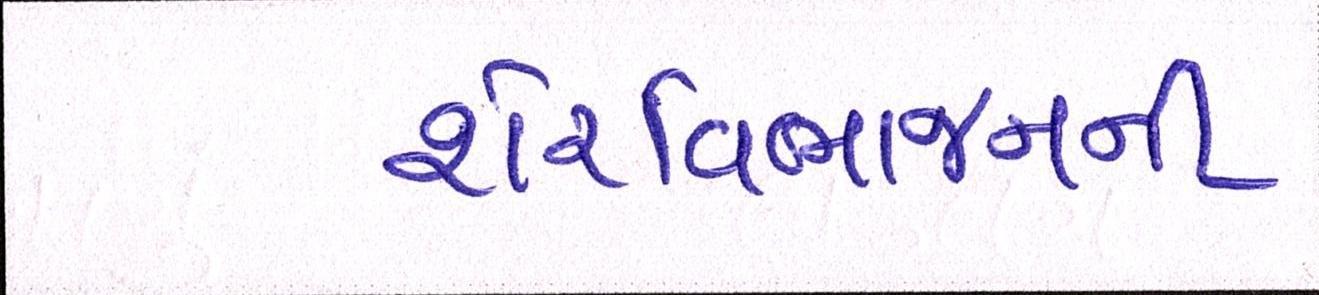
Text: શેરવિભાજનની